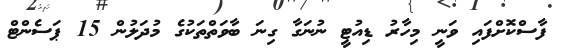
ފާސްކޮށްފައި ވަނީ މިހާރު ޑިއުޓީ ނުނަގާ ގިނަ ބާވަތްތަކުގެ މުދަލުން 15 ޕަސެންޓް